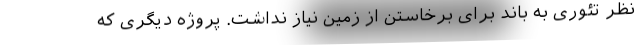
نظر تئوری به باند برای برخاستن از زمین نیاز نداشت. پروژه دیگری که